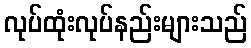
လုပ်ထုံးလုပ်နည်းများသည်